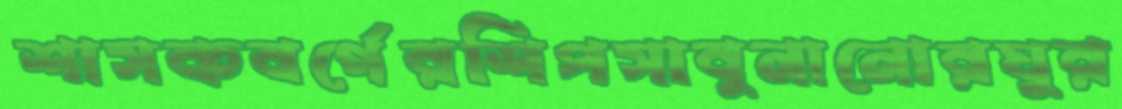
শাসকবর্গেরশিপসাবুনানোরঘুর